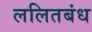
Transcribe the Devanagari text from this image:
ललितबंध